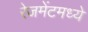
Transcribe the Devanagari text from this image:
रेजमेंटमध्ये